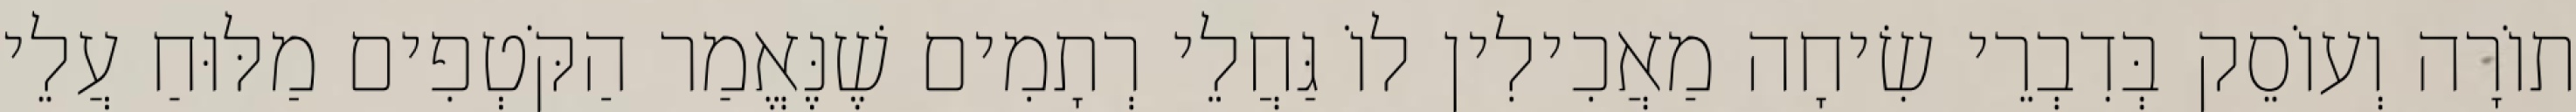
תוֹרָה וְעוֹסֵק בְּדִבְרֵי שִׂיחָה מַאֲכִילִין לוֹ גַּחֲלֵי רְתָמִים שֶׁנֶּאֱמַר הַקֹּטְפִים מַלּוּחַ עֲלֵי